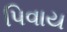
પિવાય